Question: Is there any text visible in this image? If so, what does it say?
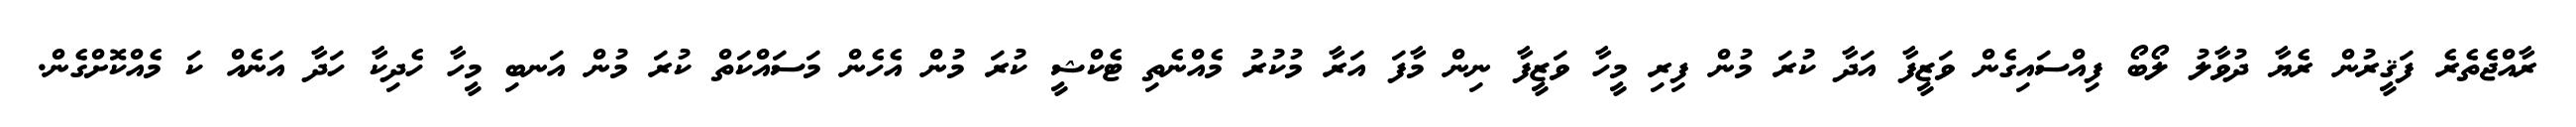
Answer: ރާއްޖެތެރެ ފަޤީރުން ރެޔާ ދުވާލު ލޯބޯ ފިއްސައިގެން ވަޒީފާ އަދާ ކުރަ މުން ފިރި މީހާ ވަޒީފާ ނިން މާފަ އަރާ މުކުރު މެއްނެތި ޓެކްޝީ ކުރަ މުން އެހެން މަސައްކަތް ކުރަ މުން އަނބި މީހާ ހެދިކާ ހަދާ އަނެއް ކަ މެއްކޮށްގެން.